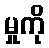
မှုကို